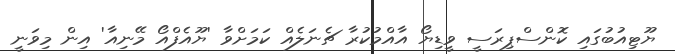
ޔޫޓިއުބުގައި ކޮންސްޕިރަސީ ވީޑިޔޯ އާއްމުކުރާ ޗެނަލެއް ކަމަށްވާ 'ޔޫއެފްއޯ މޭނިއާ' އިން މިވަނީ